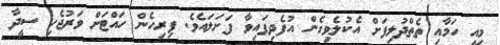
މިއީ ހަމާއި ތެތްދުލިފަށް އެކުލެވިގެން އުފެދިފައިވާ ފަށަލައެވެ. ފިރިހެން ހައްޓަށް ވަރުޖެހި ސީދާ